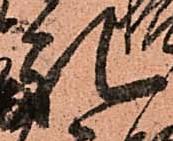
礼